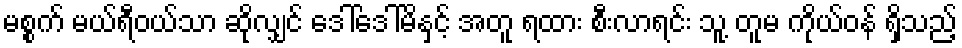
မစ္စက် မယ်ရီဝယ်သာ ဆိုလျှင် ဒေါ်ဒေါ်မိနှင့် အတူ ရထား စီးလာရင်း သူ့ တူမ ကိုယ်ဝန် ရှိသည့်